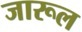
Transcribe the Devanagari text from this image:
जारूल